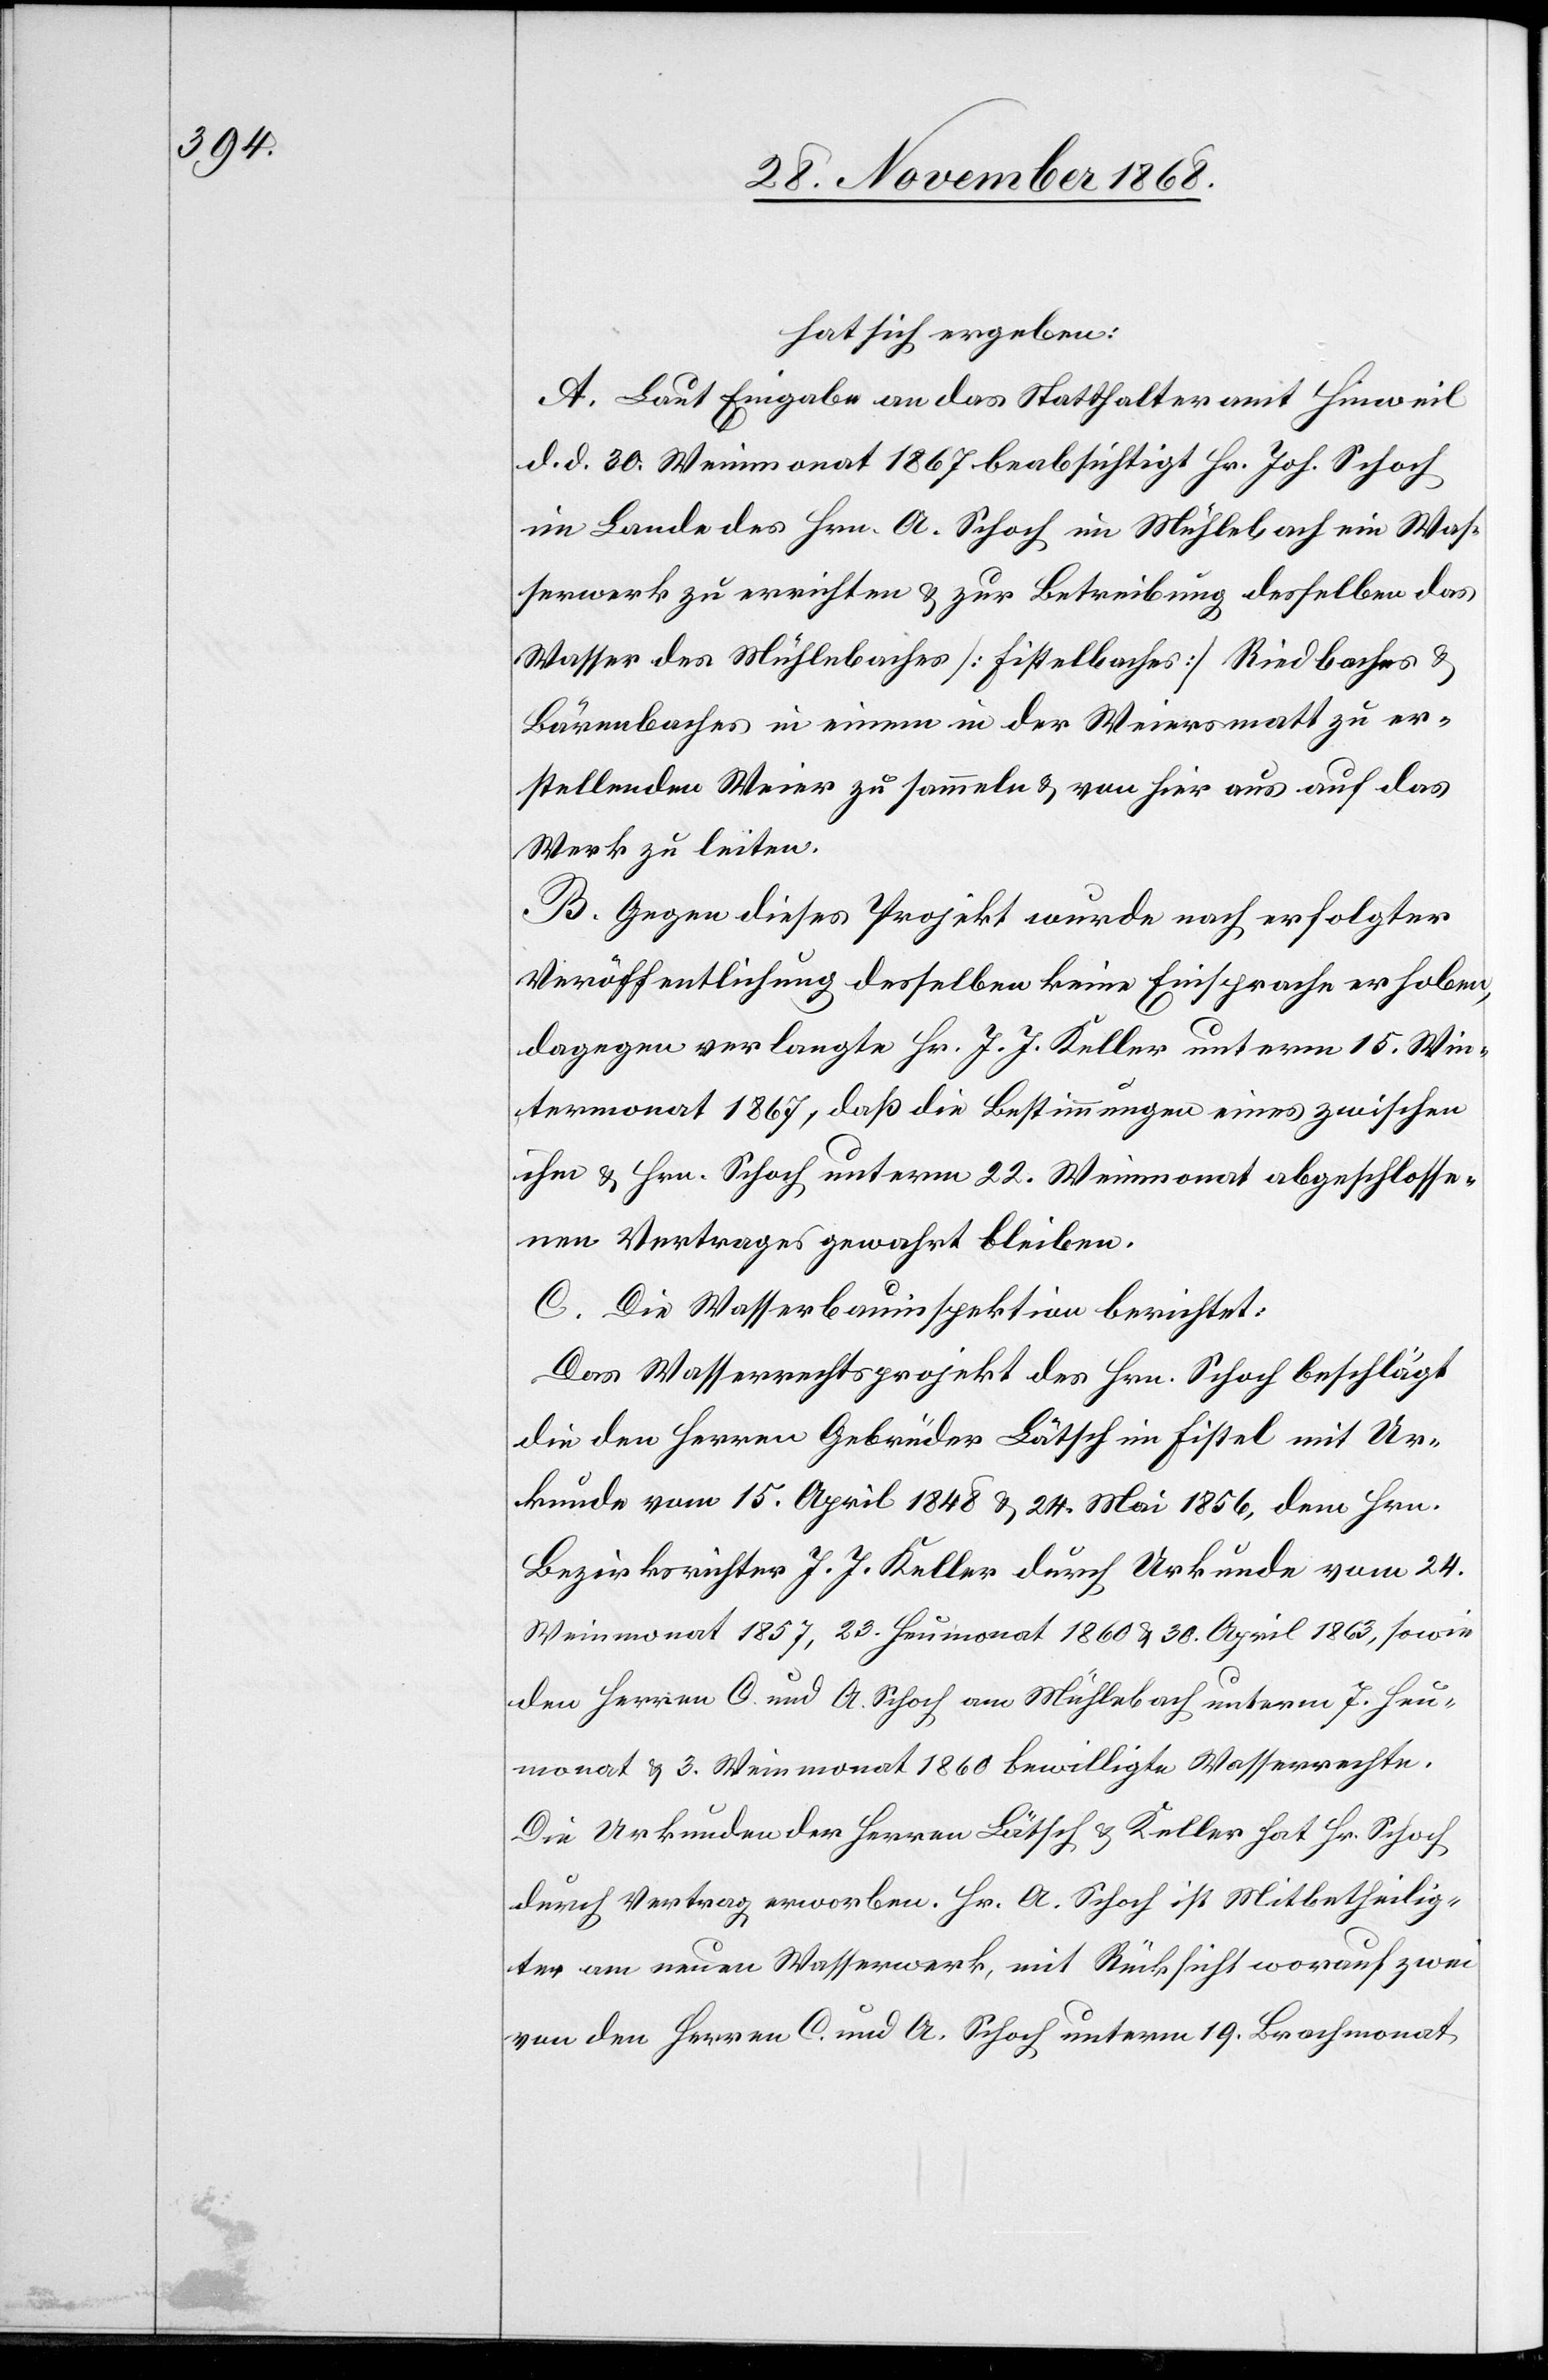
hat sich ergeben:
A. Laut Eingabe an das Statthalteramt Hinweil
d. d. 30. Weinmonat 1867 beabsichtigt Hr. Joh. Schoch
im Lande des Hrn. A. Schoch im Mühlebach ein Was¬
serwerk zu errichten & zur Betreibung desselben das
Wasser des Mühlebaches [Fistelbaches] Riedbaches &
Bärenbaches in einem in der Weiersmatt zu er¬
stellenden Weier zu sammeln & von hier aus auf das
Werk zu leiten.
B. Gegen dieses Projekt wurde nach erfolgter
Veröffentlichung desselben keine Einsprache erhoben,
dagegen verlangte Hr. J. J. Keller unterm 15. Win¬
termonat 1867, daß die Bestimmungen eines zwischen
ihm & Hrn. Schoch unterm 22. Weinmonat abgeschlosse¬
nen Vertrages gewahrt bleiben.
C. Die Wasserbauinspektion berichtet:
Das Wasserrechtsprojekt des Hrn. Schoch beschlägt
die den Herren Gebrüder Lätsch im Fistel mit Ur¬
kunde vom 15. April 1848 & 24. Mai 1856, dem Hrn.
Bezirksrichter J. J. Keller durch Urkunde vom 24.
Weinmonat 1857, 23. Heumonat 1860 & 30. April 1863, sowie
den Herren C. und A. Schoch am Mühlebach unterm 7. Heu¬
monat & 3. Weinmonat 1860 bewilligte Wasserrechte.
Die Urkunden der Herren Lätsch & Keller hat Hr. Schoch
durch Vertrag erworben. Hr. A. Schoch ist Mitbetheilig¬
ter am neuen Wasserwerk, mit Rücksicht worauf zwei
von den Herren C. und A. Schoch unterm 19. Brachmonat